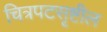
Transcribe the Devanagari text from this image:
चित्रपटसृष्टील